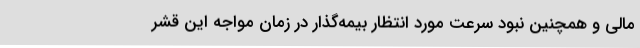
مالی و همچنین نبود سرعت مورد انتظار بیمه‌گذار در زمان مواجه این قشر